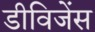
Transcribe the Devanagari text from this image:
डीविजेंस